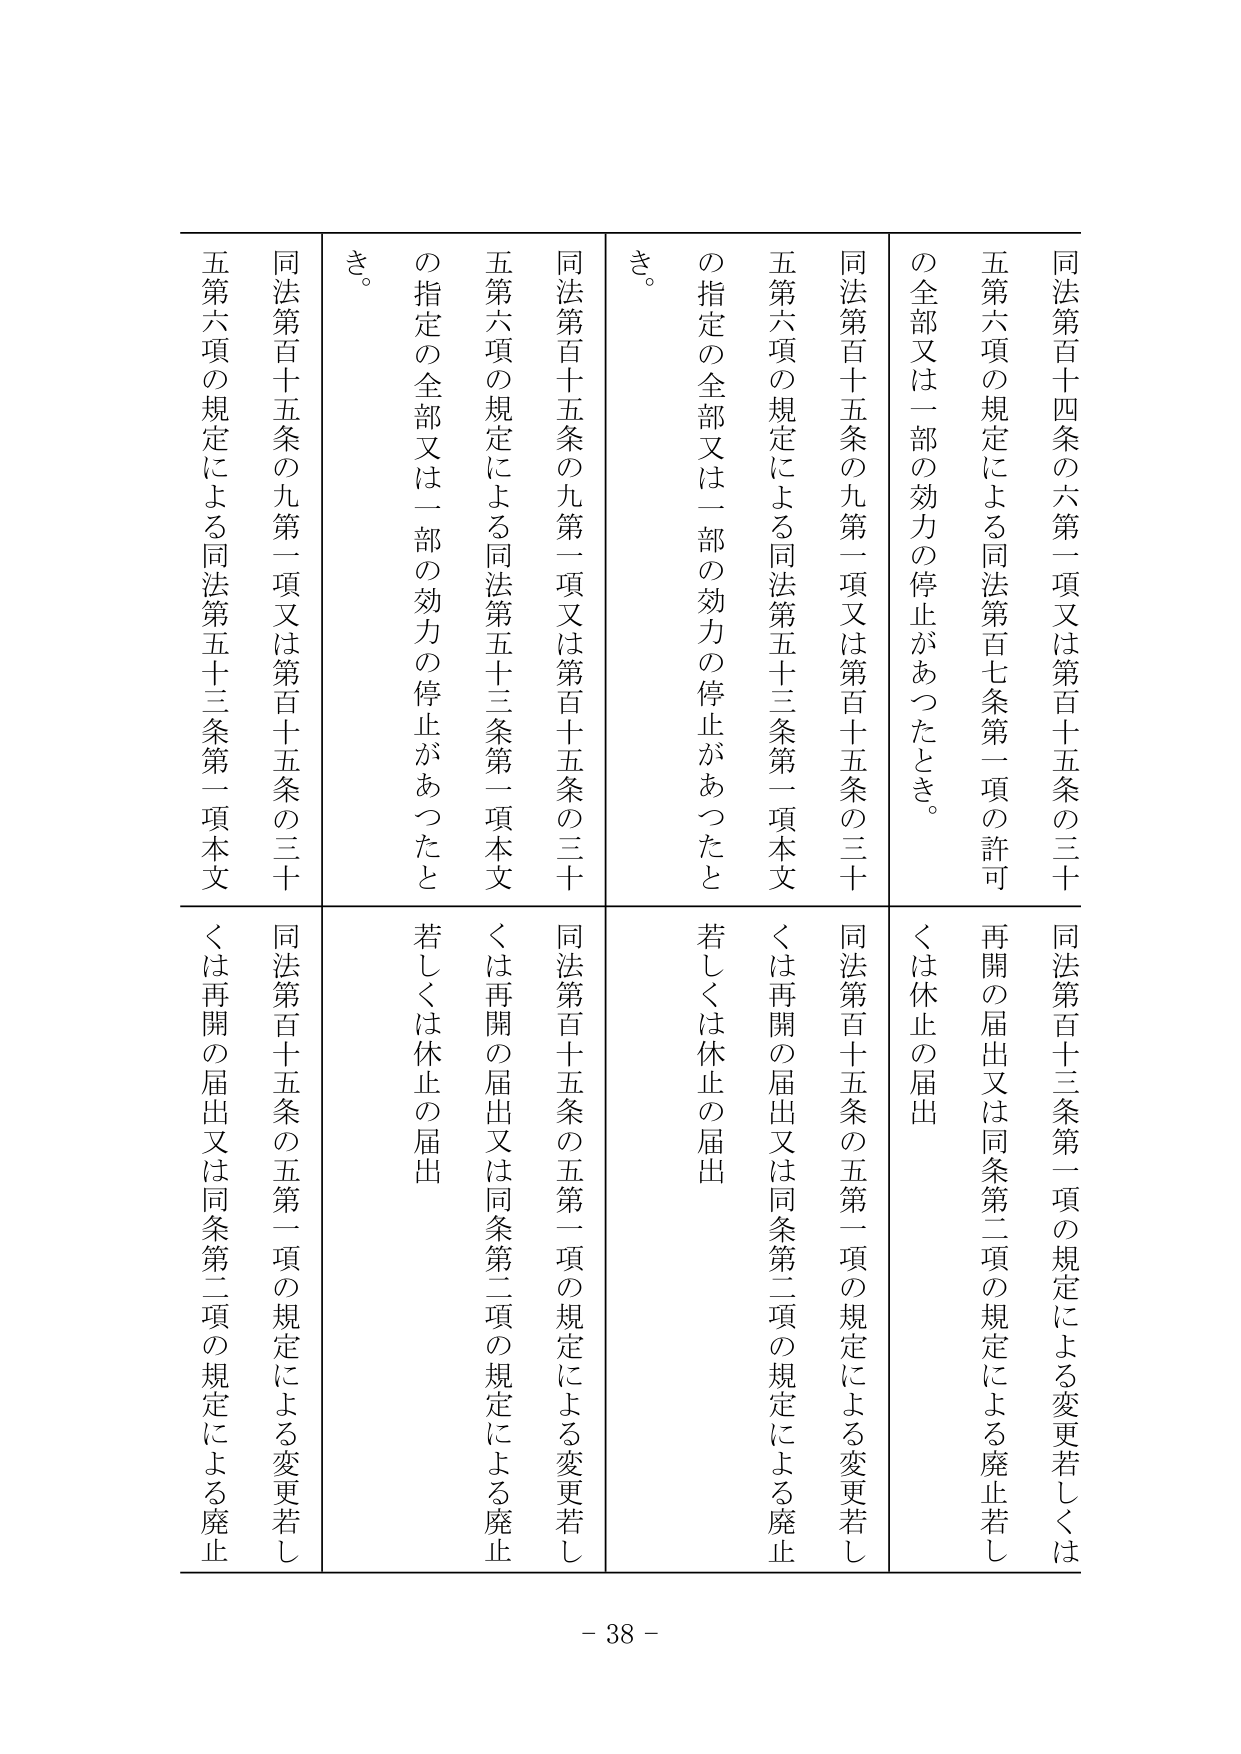
同法第百十四条の六第一項又は第百十五条の三十
五第六項の規定による同法第百七条第一項の許可
の全部又は一部の効力の停止があったとき。

同法第百十五条の九第一項又は第百十五条の三十
五第六項の規定による同法第五十三条第一項本文
の指定の全部又は一部の効力の停止があったと
き。

同法第百十五条の九第一項又は第百十五条の三十
五第六項の規定による同法第五十三条第一項本文
の指定の全部又は一部の効力の停止があったと
き。

同法第百十三条第一項の規定による変更若しくは
再開の届出又は同条第二項の規定による廃止若し
くは休止の届出

同法第百十五条の五第二項の規定による変更若し
くは再開の届出又は同条第二項の規定による廃止
若しくは休止の届出

同法第百十五条の五第二項の規定による変更若し
くは再開の届出又は同条第二項の規定による廃止
若しくは休止の届出

同法第百十五条の五第一項の規定による変更若し
くは再開の届出又は同条第二項の規定による廃止

- 38 -